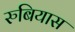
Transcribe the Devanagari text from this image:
रुबियास